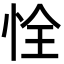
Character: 恮